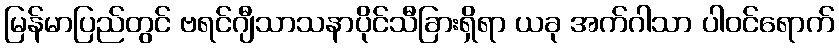
မြန်မာပြည်တွင် ဗရင်ဂျီသာသနာပိုင်သီခြားရှိရာ ယခု အက်ဂါသာ ပါဝင်ရောက်